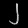
Digit: ၂